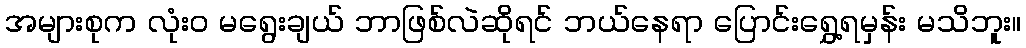
အများစုက လုံး၀ မရွေးချယ် ဘာဖြစ်လဲဆိုရင် ဘယ်နေရာ ပြောင်းရွှေ့ရမှန်း မသိဘူး။